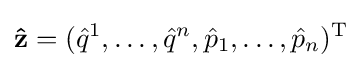
\mathbf {\hat {z}} =({\hat {q}}^{1},\ldots ,{\hat {q}}^{n},{\hat {p}}_{1},\ldots ,{\hat {p}}_{n})^{\mathrm {T} }